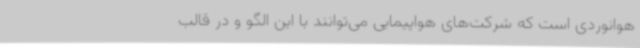
هوانوردی است که شرکت‌های هواپیمایی می‌توانند با این الگو و در قالب